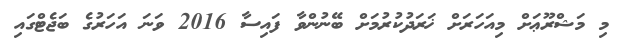
މި މަޝްރޫޢަށް މިއަހަރަށް ޚަރަދުކުރުމަށް ބޭނުންވާ ފައިސާ 2016 ވަނަ އަހަރުގެ ބަޖެޓްގައި